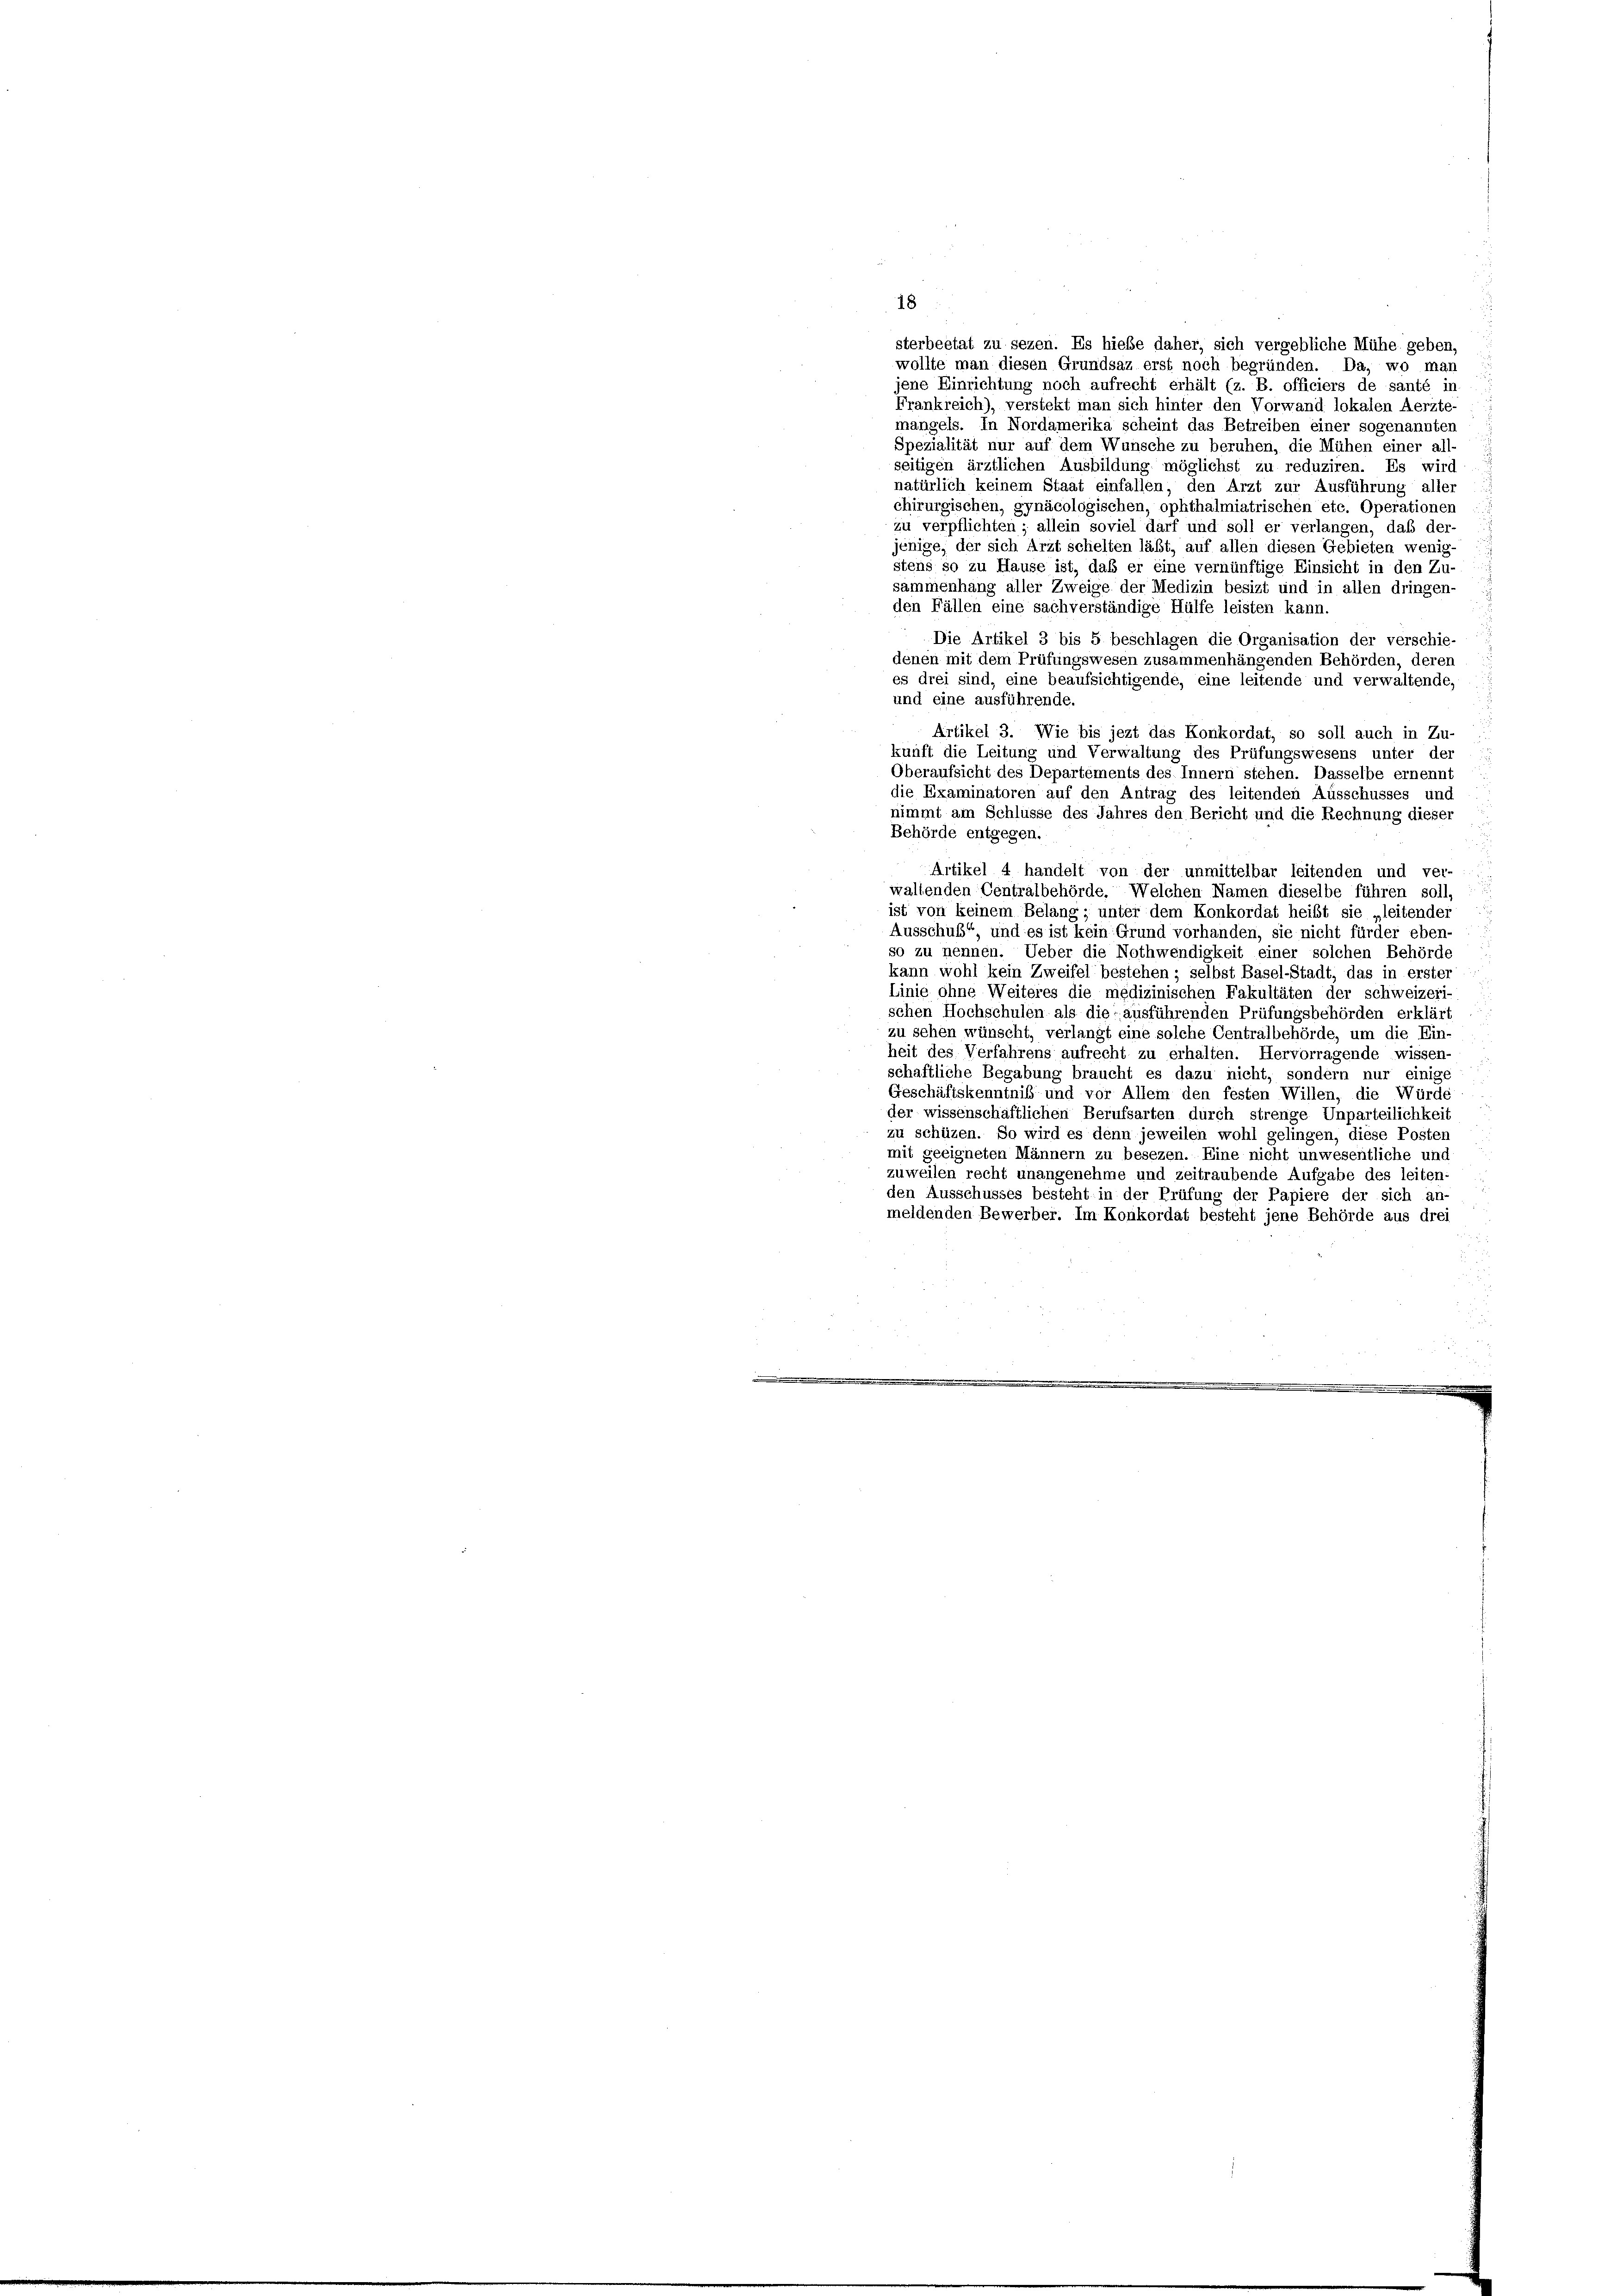
18
sterbeetat zu sezen. Es hieße daher, sich vergebliche Mühe geben,
wollte man diesen Grundsaz erst noch begründen. Da, wo man
jene Einrichtung noch aufrecht erhält (z. B. officiers de santé in-
Frankreich), verstekt man sich hinter den Vorwand lokalen Aerzte-
mangels. In Nordamerika scheint das Betreiben einer sogenannten
Spezialität nur auf dem Wunsche zu beruhen, die Mühen einer all-
seitigen ärztlichen Ausbildung möglichst zu reduziren. Es wird
natürlich keinem Staat einfallen, den Arzt zur Ausführung aller
chirurgischen, gynäcologischen, ophthalmiatrischen etc. Operationen
zu verpflichten; allein soviel darf und soll er verlangen, daß der-
jenige, der sich Arzt schelten läßt, auf allen diesen Gebieten wenig
stens so zu Hause ist, daß er eine vernünftige Einsicht in den Zu-
sammenhang aller Zweige der Medizin besizt und in allen dringen-
den Fällen eine sachverständige Hülfe leisten kann.
Die Artikel 3 bis 5 beschlagen die Organisation der verschie-
denen mit dem Prüfungswesen zusammenhängenden Behörden, deren
es drei sind, eine beaufsichtigende, eine leitende und verwaltende,
und eine ausführende.
Artikel 3. Wie bis jezt das Konkordat, so soll auch in Zu-
kunft die Leitung und Verwaltung des Prüfungswesens unter der
Oberaufsicht des Departements des Innern stehen. Dasselbe ernennt
die Examinatoren auf den Antrag des leitenden Ausschusses und
nimmt am Schlüsse des Jahres den Bericht und die Rechnung dieser
Behörde entgegen.
Artikel 4 handelt von der unmittelbar leitenden und ver-
waltenden Centralbehörde, Welchen Namen dieselbe führen soll,
ist von keinem Belang; unter dem Konkordat heißt sie „leitender
Ausschuß“ und es ist kein Grund vorhanden, sie nicht fürder eben-
so zu nennen. Ueber die Nothwendigkeit einer solchen Behörde
kann wohl kein Zweifel bestehen; selbst Basel-Stadt, das in erster
Linie ohne Weiteres die medizinischen Fakultäten der schweizeri
schen Hochschulen als die ausführenden Prüfungsbehörden erklärt
zu sehen wünscht, verlangt eine solche Centralbehörde, um die Ein-
heit des Verfahrens aufrecht zu erhalten. Hervorragende wissen-
schaftliche Begabung braucht es dazu nicht, sondern nur einige
Geschäftskenntnis und vor Allem den festen Willen, die Würde
der wissenschäftlichen Berufsarten durch strenge Unparteilichkeit
zu schützen. So wird es denn jeweilen wohl gelingen, diese Posten
mit geeigneten Männern zu besezen. Eine nicht unwesentliche und
zuweilen recht unangenehme und zeitraubende Aufgabe des leiten-
den Ausschusses besteht in der Prüfung der Papiere der sich an-
meldenden Bewerber. Im Konkordat besteht jene Behörde aus drei